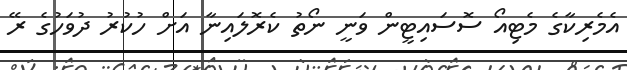
އެމެރިކާގެ މެޓިއޯ ސޮސައިޓީން ވަނީ ނޯތު ކެރޮލައިނާ އަށް ހުކުރު ދުވަހުގެ ރޭ